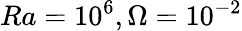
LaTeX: Ra=10^{6},\Omega=10^{-2}